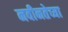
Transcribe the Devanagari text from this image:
नवीनतेच्या